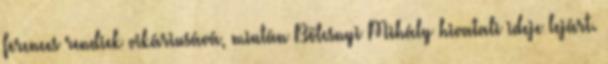
ferences rendiek vikáriusává, miután Bölcsnyi Mihály hivatali ideje lejárt.